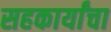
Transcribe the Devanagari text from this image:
सहकार्यांचा